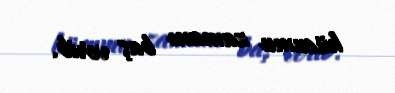
hücumu zamanı baş verib.